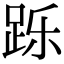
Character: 跞